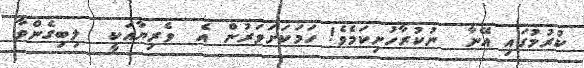
ކުރުމުގައި އޭނާ  ނުކުރާހުށިކަމެވެ! ހަމަކަށަވަރުން އެ  ވެރިޔާއަކީ  ލިބިގެންވާ